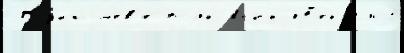
 Ку́йбышев'е полко́вн'ик Н'екроло́г